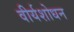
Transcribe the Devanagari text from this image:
वीर्यशोधन